Civil Veterinary Department Bihar & Orissa reports 1911-21 - 1911-1921
Year: 1911
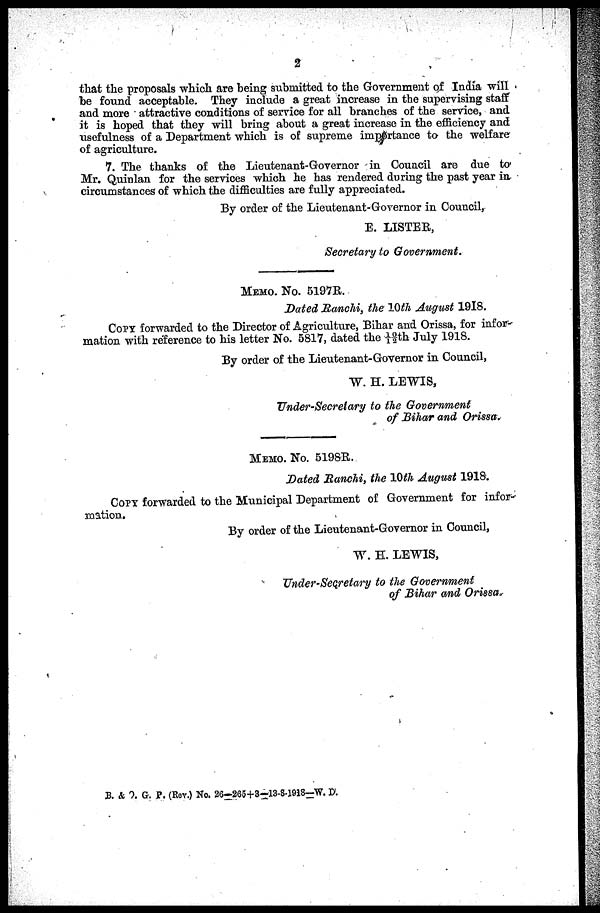
2
that the proposals which are being submitted to the Government of India will
be found acceptable. They include a great increase in the supervising staff
and more attractive conditions of service for all branches of the service, and
it is hoped that they will bring about a great increase in the efficiency and
usefulness of a Department which is of supreme importance to the welfare
of agriculture.
7. The thanks of the Lieutenant-Governor in Council are due to
Mr. Quinlan for the services which he has rendered during the past year in
circumstances of which the difficulties are fully appreciated.
By order of the Lieutenant-Governor in Council,
E. LISTER,
Secretary to Government.
MEMO. No. 5197R.
Dated Ranchi, the 10th August 1918.
COPY forwarded to the Director of Agriculture, Bihar and Orissa, for infor-
mation with reference to his letter No. 5817, dated the 10/12th July 1918.
By order of the Lieutenant-Governor in Council,
W. H. LEWIS,
Under-Secretary to the Government
of Bihar and Orissa.
MEMO. No. 5198R.
Dated Ranchi, the 10th August 1918.
COPY forwarded to the Municipal Department of Government for infor-
mation.
By order of the Lieutenant-Governor in Council,
W. E. LEWIS,
Under-Secretary to the Government
of Bihar and Orissa.
B. & O. G. P. (Rev.) NO. 26—265+3—13-8-1918—W. D.